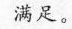
满足。